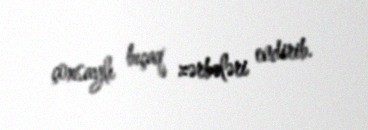
çoxsaylı bıçaq zərbələri endirib.